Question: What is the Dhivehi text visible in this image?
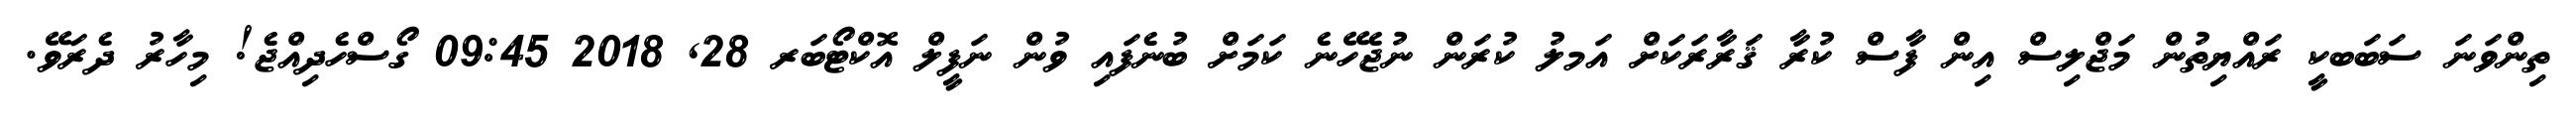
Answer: ތިންވަނަ ސަބަބކީ ރައްޔިތުން މަޖްލިސް އިން ފާސް ކުރާ ޤަރާރަކަށް އަމލު ކުރަން ނުޖެހޭނެ ކަމަށް ބުނެފައި ވުން ނަފީލް އޮކްޓޯބަރ 28, 2018 09:45 ގޯސްހެދިއްޖެ! މިހާރު ދެރަވޭ.